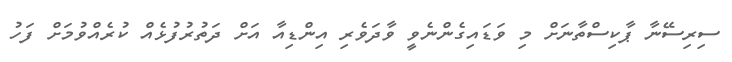
ސިރިސޭނާ ޕާކިސްތާނަށް މި ވަޑައިގެންނެވީ ވާދަވެރި އިންޑިއާ އަށް ދަތުރުފުޅެއް ކުރެއްވުމަށް ފަހު